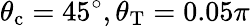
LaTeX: \theta_{\mathrm{c}}=45^{\circ},\theta_{\mathrm{T}}=0.05\pi